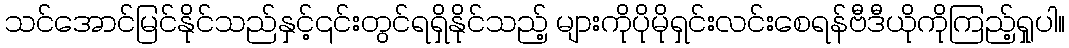
သင်အောင်မြင်နိုင်သည်နှင့်၎င်းတွင်ရရှိနိုင်သည့် များကိုပိုမိုရှင်းလင်းစေရန်ဗီဒီယိုကိုကြည့်ရှုပါ။